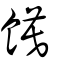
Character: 饃